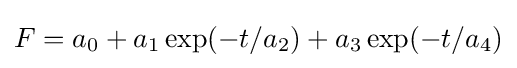
F=a_{0}+a_{1}\exp(-t/a_{2})+a_{3}\exp(-t/a_{4})